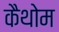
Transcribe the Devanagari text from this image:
कैथोम